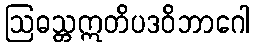
ဩဓသ္တဣတိပဒဝိဘာဂေါ